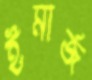
ইমার্জ